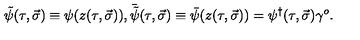
\tilde { \psi } ( \tau , \vec { \sigma } ) \equiv \psi ( z ( \tau , \vec { \sigma } ) ) , { \bar { \tilde { \psi } } } ( \tau , \vec { \sigma } ) \equiv \bar { \psi } ( z ( \tau , \vec { \sigma } ) ) = \psi ^ { \dagger } ( \tau , \vec { \sigma } ) \gamma ^ { o } .